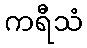
ကရီသံ